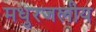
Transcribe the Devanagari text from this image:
मधुरजलीय